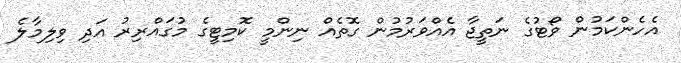
އެހެންކަމުން ވޯޓުގެ ނަތީޖާ އެއްވަރުމުން ގޮތެއް ނިންމީ ކޮމިޓީގެ މުގައްރިރު އަދި ވިލިމާލެ